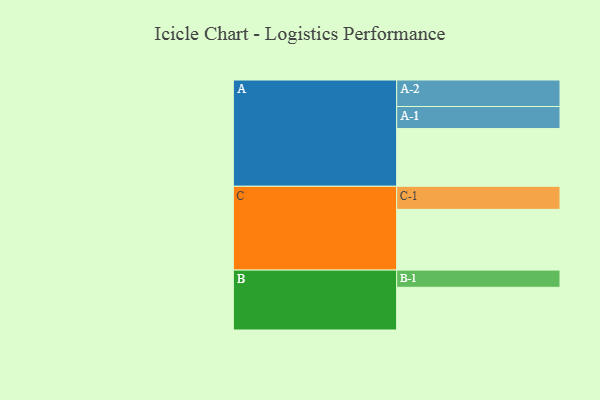
{"axis": {"x": "Segment", "y": "Value"}, "legend": ["", "A", "B", "C"], "data": [{"x": "A", "y": 503, "type": ""}, {"x": "B", "y": 372, "type": ""}, {"x": "C", "y": 529, "type": ""}, {"x": "A-1", "y": 192, "type": "A"}, {"x": "A-2", "y": 231, "type": "A"}, {"x": "B-1", "y": 150, "type": "B"}, {"x": "C-1", "y": 201, "type": "C"}]}